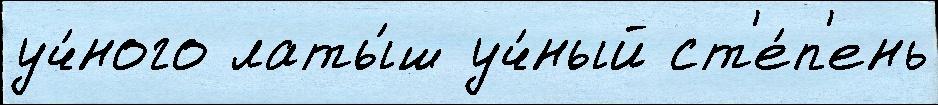
уч́ного латы́ш уч́ный ст'е́п'ень